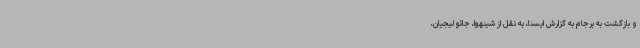
و بازگشت به برجام به گزارش ایسنا، به نقل از شینهوا، جائو لیجیان،